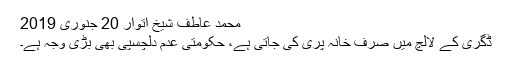
محمد عاطف شیخ اتوار 20 جنوری 2019
ڈگری کے لالچ میں صرف خانہ پری کی جاتی ہے، حکومتی عدم دلچسپی بھی بڑی وجہ ہے۔